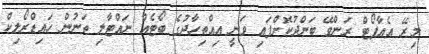
މިރޭ އެއާޕޯޓް ރަންވޭ ބަންދުކޮށްފައި ވަނީ އިއްތިހާދުގެ ބޯޓެއް ނައްޓާލި ތަނުން ހައިޑްރޯލިކް